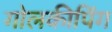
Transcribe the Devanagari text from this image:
गोलकीपिंग